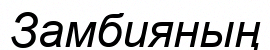
Замбияның